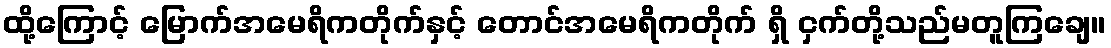
ထို့ကြောင့် မြောက်အမေရိကတိုက်နှင့် တောင်အမေရိကတိုက် ရှိ ငှက်တို့သည်မတူကြချေ။